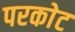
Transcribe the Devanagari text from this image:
परकाेट